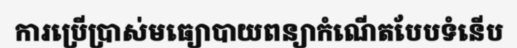
ការប្រើប្រាស់មធ្យោបាយពន្យាកំណើតបែបទំនើប